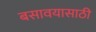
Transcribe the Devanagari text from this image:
बसावयासाठी